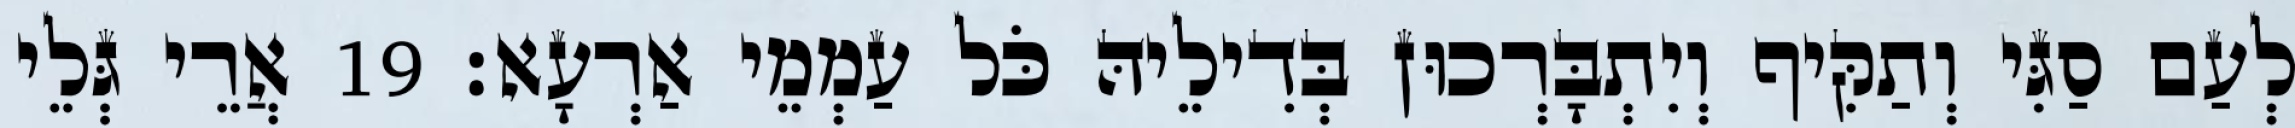
לְעַם סַגִּי וְתַקִּיף וְיִתְבָּרְכוּן בְּדִילֵיהּ כֹּל עַמְמֵי אַרְעָא׃ 19 אֲרֵי גְּלֵי